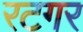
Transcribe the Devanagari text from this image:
रटगर